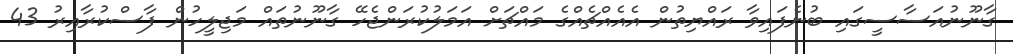
ގާނޫނުއަސާސީގައި ބުނެފައިވާ ރައްޔިތުން އެއެއްޗެއްގެ މައްޗަށް އަމަލުކުރަންޖެހޭ ގާނޫނުތައް މަޖިލީހުން ފާސްކުރާއިރު 43